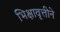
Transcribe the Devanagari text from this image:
भिक्षावृत्तीने